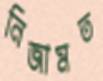
নিজামত